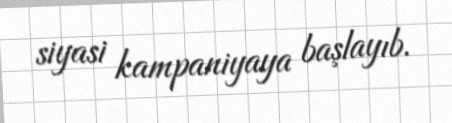
siyasi kampaniyaya başlayıb.